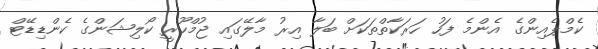
ކެމްޕެއިންގެ އެންމެ ފަހު ހަރަކާތްތަކަށް ބަލާ އިރު މާލޭގައި ޖުމްހޫރީ ކޯލިޝަންގެ ކެންޑިޑޭޓް